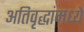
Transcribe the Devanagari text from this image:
अतिवृद्धांमध्ये